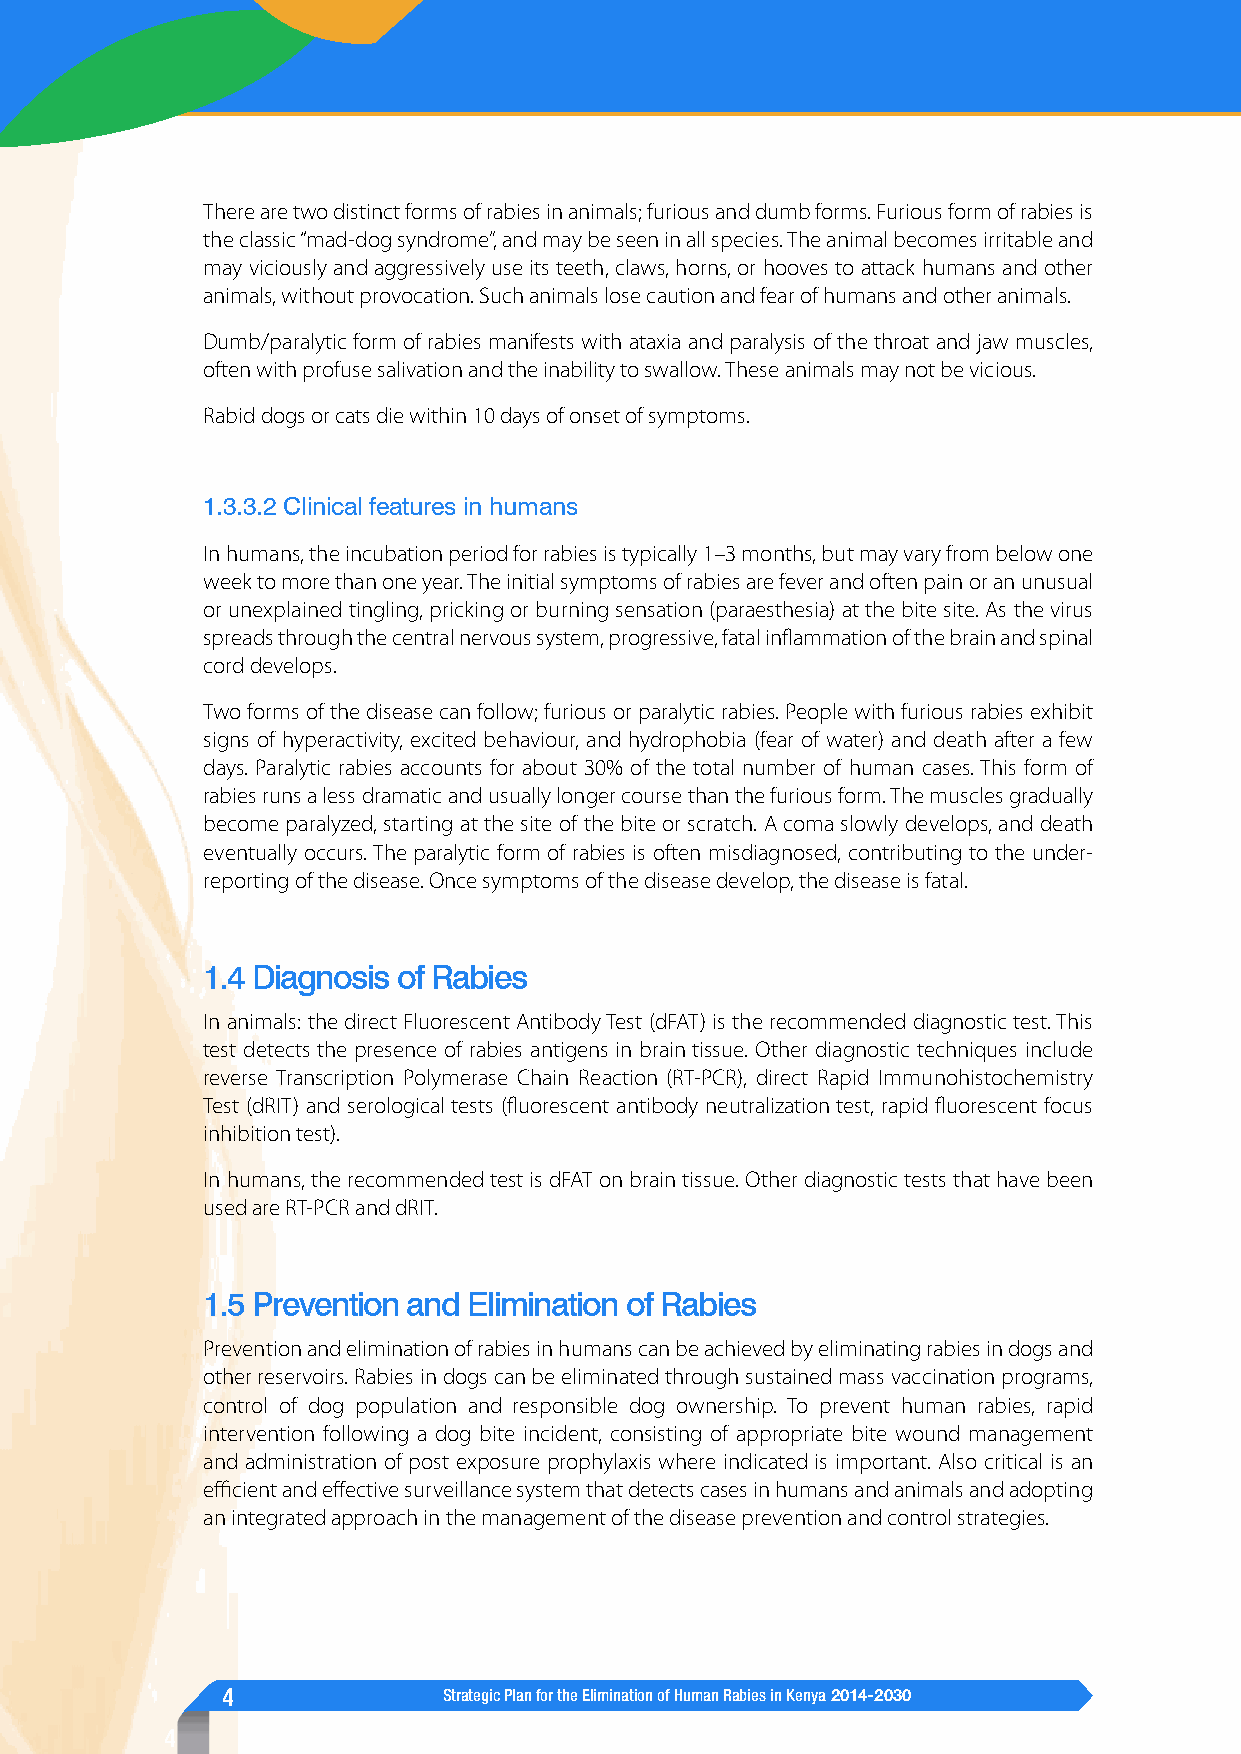
There are two distinct forms of rabies in animals; furious and dumb forms. Furious form of rabies is
 the classic “mad-dog syndrome”, and may be seen in all species. The animal becomes irritable and
 may viciously and aggressively use its teeth, claws, horns, or hooves to attack humans and other
 animals, without provocation. Such animals lose caution and fear of humans and other animals.
 Dumb/paralytic form of rabies manifests with ataxia and paralysis of the throat and jaw muscles,
 often with profuse salivation and the inability to swallow. These animals may not be vicious.
 Rabid dogs or cats die within 10 days of onset of symptoms.
 1.3.3.2 Clinical features in humans
 In humans, the incubation period for rabies is typically 1–3 months, but may vary from below one
 week to more than one year. The initial symptoms of rabies are fever and often pain or an unusual
 or unexplained tingling, pricking or burning sensation (paraesthesia) at the bite site. As the virus
 spreads through the central nervous system, progressive, fatal inflammation of the brain and spinal
 cord develops.
 Two forms of the disease can follow; furious or paralytic rabies. People with furious rabies exhibit
 signs of hyperactivity, excited behaviour, and hydrophobia (fear of water) and death after a few
 days. Paralytic rabies accounts for about 30% of the total number of human cases. This form of
 rabies runs a less dramatic and usually longer course than the furious form. The muscles gradually
 become paralyzed, starting at the site of the bite or scratch. A coma slowly develops, and death
 eventually occurs. The paralytic form of rabies is often misdiagnosed, contributing to the under-
 reporting of the disease. Once symptoms of the disease develop, the disease is fatal.
 1.4 Diagnosis of Rabies
 In animals: the direct Fluorescent Antibody Test (dFAT) is the recommended diagnostic test. This
 test detects the presence of rabies antigens in brain tissue. Other diagnostic techniques include
 reverse Transcription Polymerase Chain Reaction (RT-PCR), direct Rapid Immunohistochemistry
 Test (dRIT) and serological tests (fluorescent antibody neutralization test, rapid fluorescent focus
 inhibition test).
 In humans, the recommended test is dFAT on brain tissue. Other diagnostic tests that have been
 used are RT-PCR and dRIT.
 1.5 Prevention and Elimination of Rabies
 Prevention and elimination of rabies in humans can be achieved by eliminating rabies in dogs and
 other reservoirs. Rabies in dogs can be eliminated through sustained mass vaccination programs,
 control of dog population and responsible dog ownership. To prevent human rabies, rapid
 intervention following a dog bite incident, consisting of appropriate bite wound management
 and administration of post exposure prophylaxis where indicated is important. Also critical is an
 efficient and effective surveillance system that detects cases in humans and animals and adopting
 an integrated approach in the management of the disease prevention and control strategies.
 4             Strategic Plan for the Elimination of Human Rabies in Kenya 2014-2030
 4